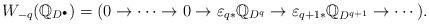
LaTeX: \begin{align*}W_{-q}(\mathbb Q_{D^{\bullet}})=(0\to \cdots \to 0\to\varepsilon _{q*}\mathbb Q_{D^q}\to \varepsilon _{q+1*}\mathbb Q_{D^{q+1}}\to \cdots). \end{align*}